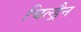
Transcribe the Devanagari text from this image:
चिल्ड्रैन